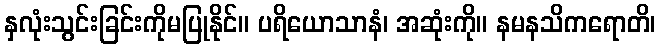
နှလုံးသွင်းခြင်းကိုမပြုနိုင်။ ပရိယောသာနံ၊ အဆုံးကို။ နမနသိကရောတိ၊